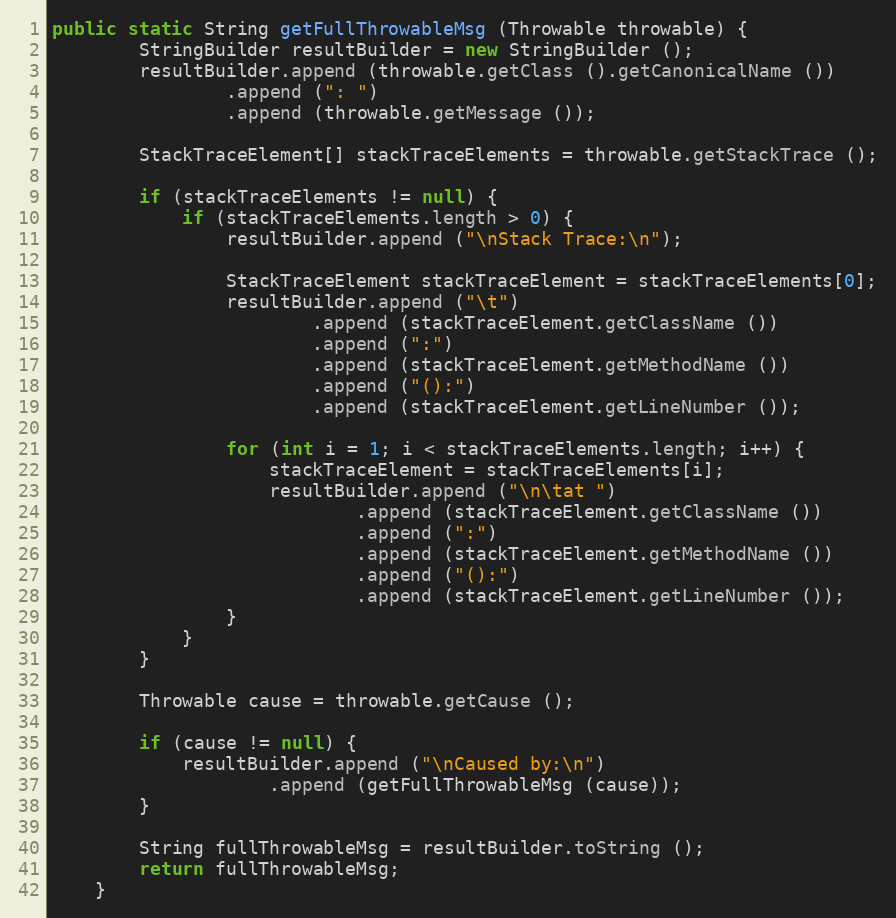
Language: Java
public static String getFullThrowableMsg (Throwable throwable) {
		StringBuilder resultBuilder = new StringBuilder ();
		resultBuilder.append (throwable.getClass ().getCanonicalName ())
				.append (": ")
				.append (throwable.getMessage ());

		StackTraceElement[] stackTraceElements = throwable.getStackTrace ();

		if (stackTraceElements != null) {
			if (stackTraceElements.length > 0) {
				resultBuilder.append ("\nStack Trace:\n");

				StackTraceElement stackTraceElement = stackTraceElements[0];
				resultBuilder.append ("\t")
						.append (stackTraceElement.getClassName ())
						.append (":")
						.append (stackTraceElement.getMethodName ())
						.append ("():")
						.append (stackTraceElement.getLineNumber ());

				for (int i = 1; i < stackTraceElements.length; i++) {
					stackTraceElement = stackTraceElements[i];
					resultBuilder.append ("\n\tat ")
							.append (stackTraceElement.getClassName ())
							.append (":")
							.append (stackTraceElement.getMethodName ())
							.append ("():")
							.append (stackTraceElement.getLineNumber ());
				}
			}
		}

		Throwable cause = throwable.getCause ();

		if (cause != null) {
			resultBuilder.append ("\nCaused by:\n")
					.append (getFullThrowableMsg (cause));
		}

		String fullThrowableMsg = resultBuilder.toString ();
		return fullThrowableMsg;
	}